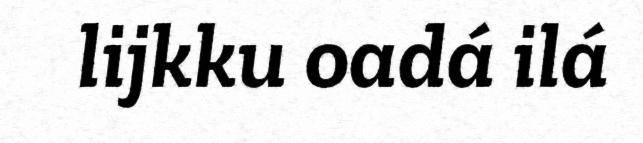
lijkku oadá ilá